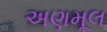
અણમૂલ